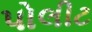
પોલીટ